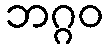
ဘဂ္ဂဝ